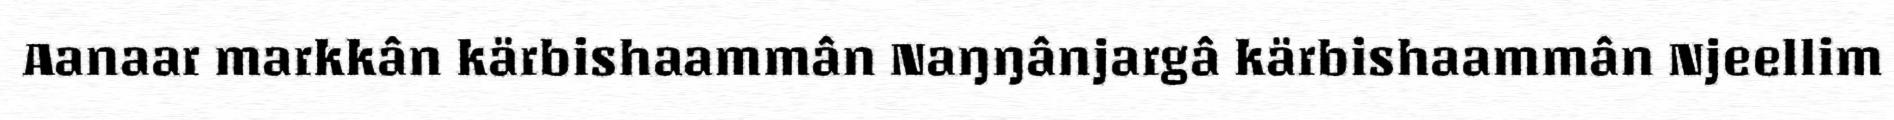
Aanaar markkân kärbishaammân Naŋŋânjargâ kärbishaammân Njeellim